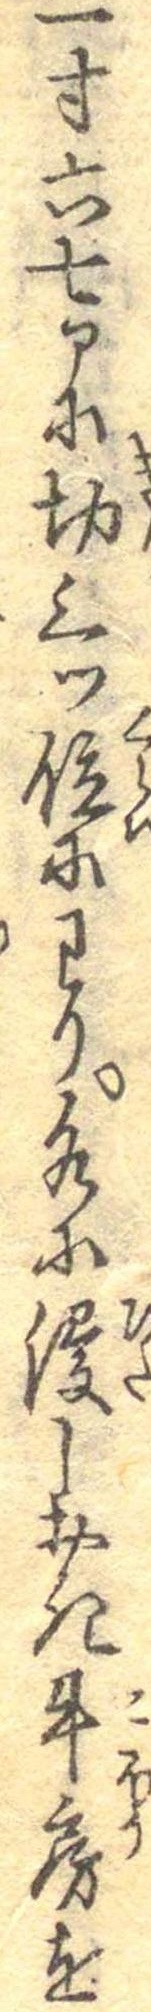
一寸六七部に切三ツ位にわり水に浸しおき牛房を